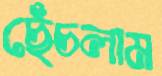
ছেঁচলাম